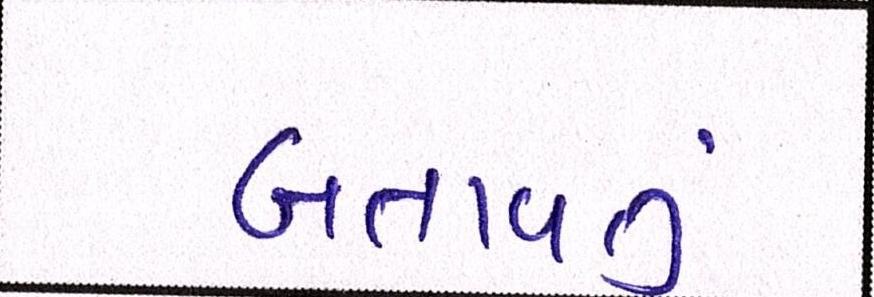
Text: બતાવતું